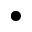
\bullet